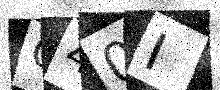
Text: C40I